Civil Veterinary Dept. North-West Frontier Province 1933-46 - 1933-1946
Year: 1933
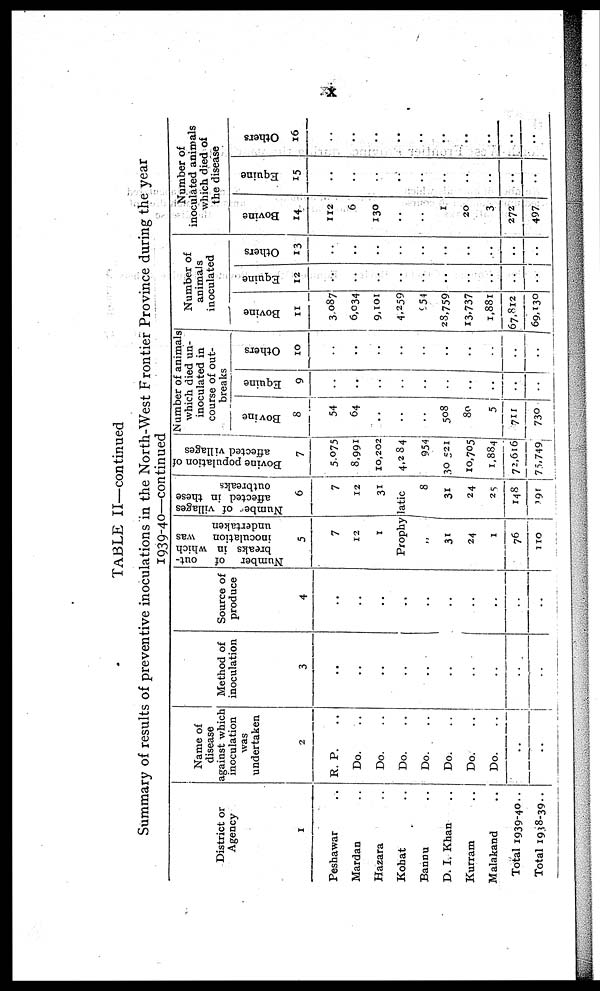
x
TABLE II—continued
Summary of results of preventive inoculations in the North-West Frontier Province during the year
1939-40—continued
District or
Agency
1
Peshawar ..
Mardan ..
Hazara ..
Kohat ..
Bannu ..
D. I. Khan ..
Kurram
..
Malakand
..
Total 1939-40..
Total 1938-39..
Name of
disease
against which
inoculation
was
undertaken
2
R. P. ..
Do. ..
Do. ..
Do. ..
Do. ..
Do. ..
Do.
..
Do.
..
..
..
Method of
inoculation
3
..
..
..
..
..
..
..
..
..
..
Source of
produce
4
..
..
..
..
..
..
....
..
..
..
Number of
out-
breaks in which
inoculation
was
undertaken
5
7
12
1
Number
of villages
affected in these
outbreaks
6
7
12
31
Prophyilatic
..
31
24
1
76
110
8
31
24
..
148
191
Bovine population of
affected villages
7
5,075
8,991
10,202
4,284
954
30,521
10,705
1,884
72,616
75,749
Number of animals
which died un-
inoculated in
course of out-
breaks
8
54
64
..
..
..
508
80
5
711
730
9
..
..
..
..
..
..
..
..
..
..
10
..
..
..
..
..
..
..
..
..
..
Number of
animals
inoculated
11
3,087
6,034
9,101
4,259
954
28,759
13,737
1,881
67,812
69,130
12
..
..
..
..
..
..
..
..
..
..
13
..
..
..
..
..
..
..
..
..
..
Number of
inoculated animals
which died of
the disease
14
112
6
130
..
..
1
20
3
272
497
15
..
..
..
..
..
..
..
..
..
..
16
..
..
..
..
..
..
..
..
..
..